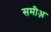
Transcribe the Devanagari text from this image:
समीअ़